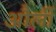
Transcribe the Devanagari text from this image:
और्ली